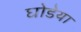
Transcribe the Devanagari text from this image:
घोडेया